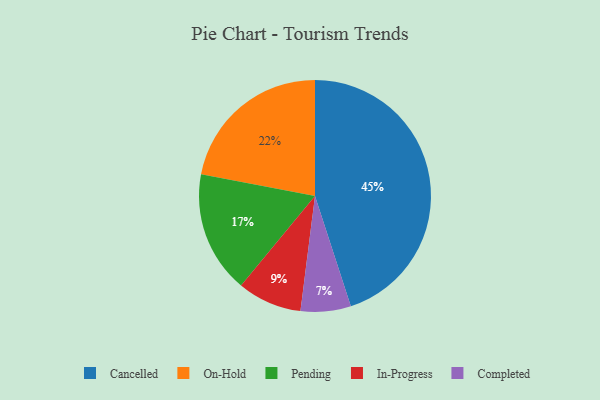
{"axis": {"x": "Category", "y": "Percentage"}, "legend": ["Cancelled", "Completed", "In-Progress", "On-Hold", "Pending"], "data": [{"x": "On-Hold", "y": 22, "type": "On-Hold"}, {"x": "In-Progress", "y": 9, "type": "In-Progress"}, {"x": "Cancelled", "y": 45, "type": "Cancelled"}, {"x": "Pending", "y": 17, "type": "Pending"}, {"x": "Completed", "y": 7, "type": "Completed"}]}